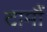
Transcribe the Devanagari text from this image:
दामौं